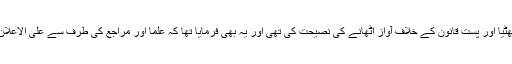
حضرت امام خمینی ؒ نے علما اور مراجع کو بھی اس گھٹیا اور پست قانون کے خلاف آواز اٹھانے کی نصیحت کی تھی اور یہ بھی فرمایا تھا کہ علما اور مراجع کی طرف سے علی الاعلان مخالفت ہونی چاہیے اور باقاعدہ پوسٹر چھپنے چاہئیں۔